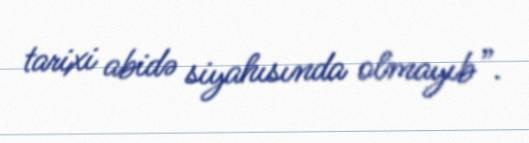
tarixi abidə siyahısında olmayıb”.